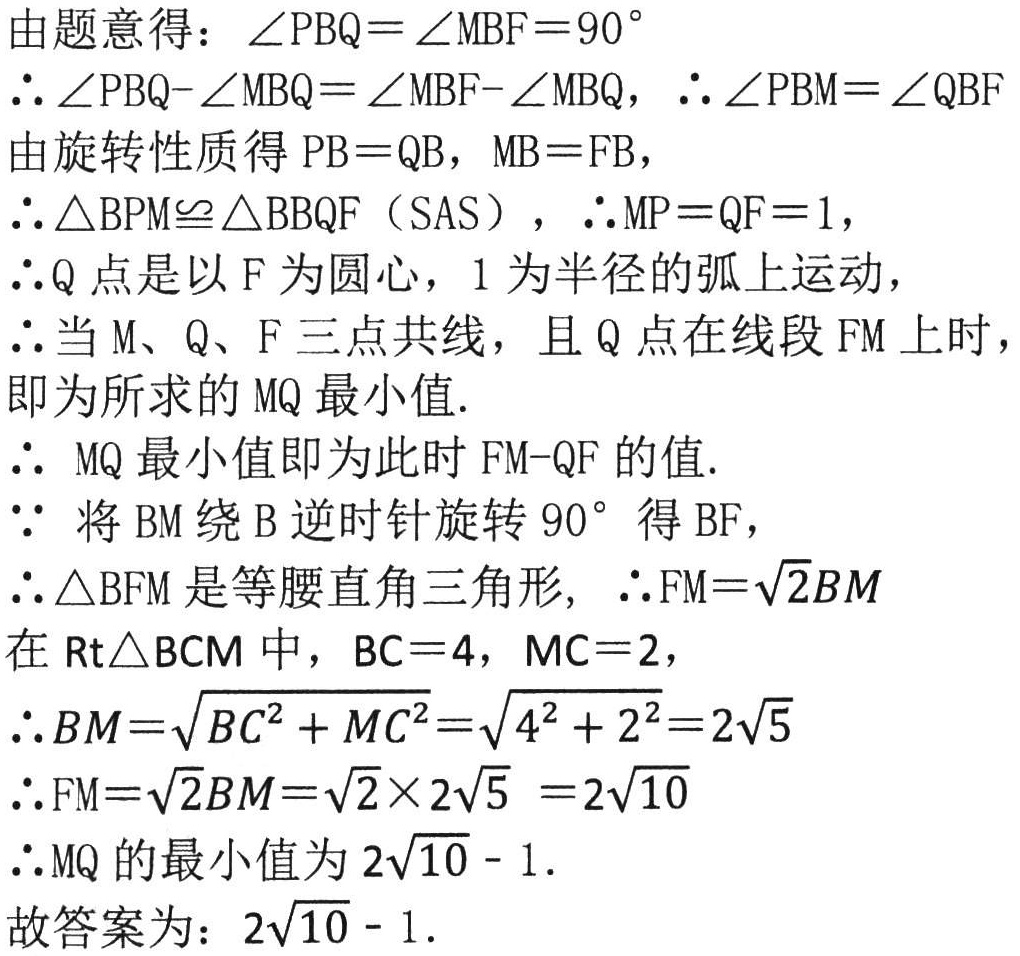
由题意得：\(\angle PBQ = \angle MBF = 90^{\circ}\)

\(\therefore \angle PBQ - \angle MBQ = \angle MBF - \angle MBQ\)，\(\therefore \angle PBM = \angle QBF\)

由旋转性质得 \(PB = QB\)，\(MB = FB\)，

\(\therefore \triangle BPM\cong \triangle BBQF\)（SAS），\(\therefore MP = QF = 1\)，

\(\therefore Q\)点是以 \(F\) 为圆心，\(1\) 为半径的弧上运动，

\(\therefore\)当 \(M、Q、F\) 三点共线，且 \(Q\) 点在线段 \(FM\) 上时，

即为所求的 \(MQ\) 最小值.

\(\therefore\) \(MQ\) 最小值即为此 时 \(FM - QF\) 的值.

\(\because\) 将 \(BM\) 绕 \(B\) 逆时针旋转 \(90^{\circ}\) 得 \(BF\)，

\(\therefore\triangle BFM\) 是等腰直角三角形, \(\therefore FM = \sqrt{2}BM\)

在 \(Rt\triangle BCM\) 中，\(BC = 4\)，\(MC = 2\)，

\(\therefore BM=\sqrt{BC^{2}+MC^{2}}=\sqrt{4^{2}+2^{2}} = 2\sqrt{5}\)

\(\therefore FM = \sqrt{2}BM=\sqrt{2}\times 2\sqrt{5}=2\sqrt{10}\)

\(\therefore MQ\) 的最小值为 \(2\sqrt{10}-1\).

故答案为：\(2\sqrt{10}-1\).